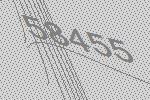
58455